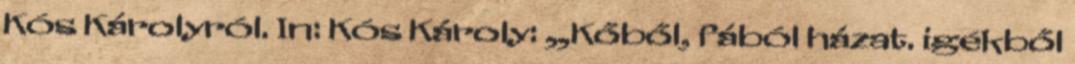
Kós Károlyról. In: Kós Károly: „Kőből, fából házat. igékből